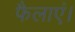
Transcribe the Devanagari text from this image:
फैलाएं।